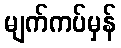
မျက်ကပ်မှန်